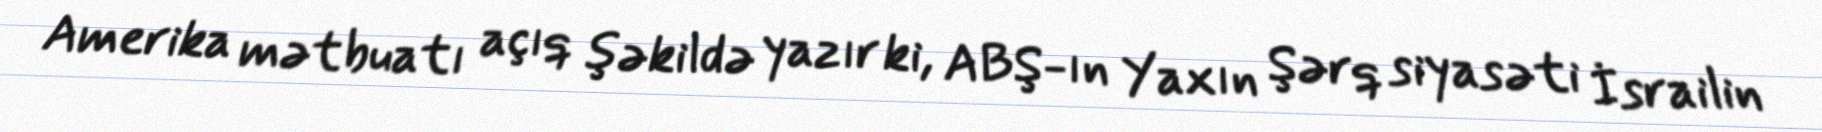
Amerika mətbuatı açıq şəkildə yazır ki, ABŞ-ın Yaxın Şərq siyasəti İsrailin